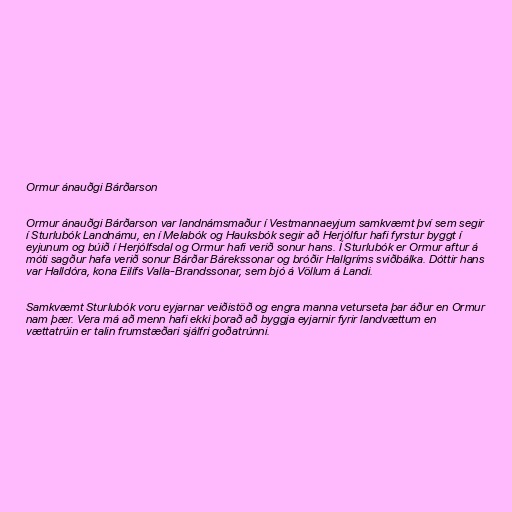
Ormur ánauðgi Bárðarson

Ormur ánauðgi Bárðarson var landnámsmaður í Vestmannaeyjum samkvæmt því sem segir
í Sturlubók Landnámu, en í Melabók og Hauksbók segir að Herjólfur hafi fyrstur byggt í
eyjunum og búið í Herjólfsdal og Ormur hafi verið sonur hans. Í Sturlubók er Ormur aftur á
móti sagður hafa verið sonur Bárðar Bárekssonar og bróðir Hallgríms sviðbálka. Dóttir hans
var Halldóra, kona Eilífs Valla-Brandssonar, sem bjó á Völlum á Landi.

Samkvæmt Sturlubók voru eyjarnar veiðistöð og engra manna veturseta þar áður en Ormur
nam þær. Vera má að menn hafi ekki þorað að byggja eyjarnir fyrir landvættum en
vættatrúin er talin frumstæðari sjálfri goðatrúnni.